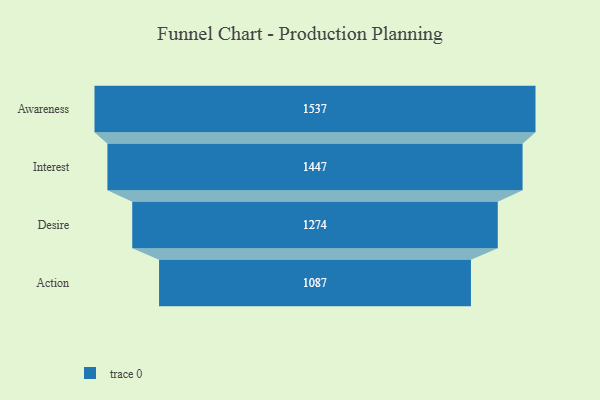
{"axis": {"x": "Stage", "y": "Value"}, "legend": [""], "data": [{"x": "Awareness", "y": 1537.0, "type": ""}, {"x": "Interest", "y": 1447.0, "type": ""}, {"x": "Desire", "y": 1274.0, "type": ""}, {"x": "Action", "y": 1087.0, "type": ""}]}